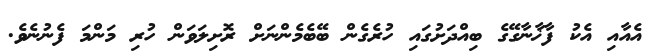
އެއާއި އެކު ފާޚާނާގޭގެ ބިއްދަށުގައި ހުރެގެން ބޭބެމެންނަށް ރޮށިލަވަން ހުރި މަންމަ ފެނުނެވެ.